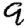
Digit: 9